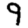
Digit: 9